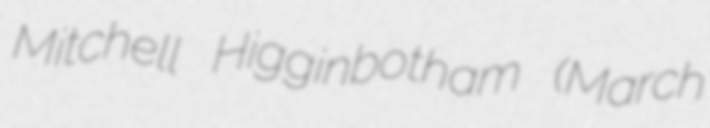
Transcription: Mitchell Higginbotham (March